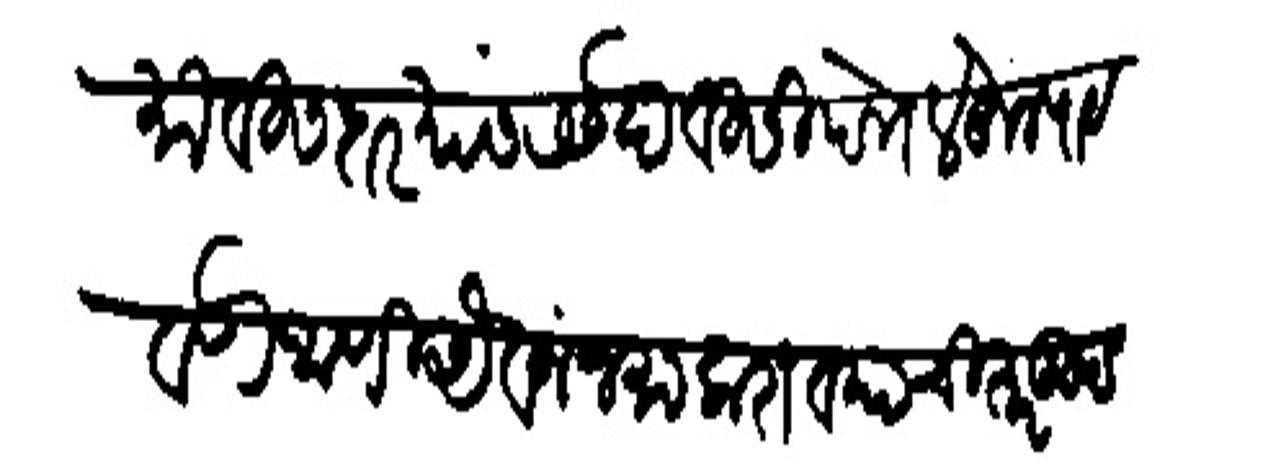
Transliteration (Devanagari): कमावीसदार यांस रसदेविसी पत्रें लेहून पाठवणे आणि ऐवज जमा करावयाची तरतूद